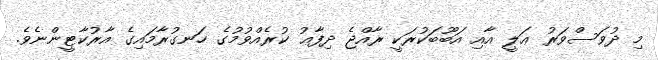
މި ދުވަސްވަރު ޢަލީ އާއި އަބޫބަކުރަކީ ރާއްޖެ ދިފާޢު ކުރެއްވުމުގެ ހަނގުރާމައިގެ އާރުކާޓީންނެވެ.